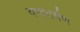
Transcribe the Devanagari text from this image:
वष्वदर्षण